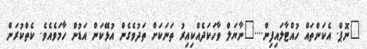
"ނޮޕް. އެކަންތައް ހުއްޓާލައިފިން...."ނާޔަލް ވާހަކަދެއްކިއިރު ތަނަކަށް ތަދުވެގެން އުޅޭކަން އަޑުން ހާމަވެއެވެ. ކެތްކުރަން